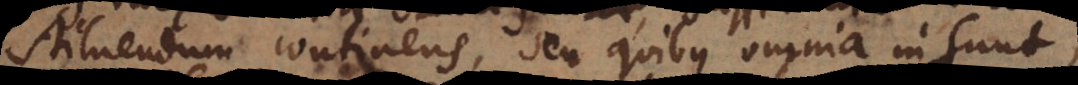
stituendum continens, seu quibus omnia insunt,